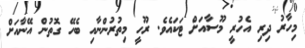
މިހާރު ދިރި އެހުރީ މޫސާއަށް ޓަކައެވެ. ރޫހީ މިތުރުންނާއި ބެހޭ ގޮތުން އޭނާއަށް